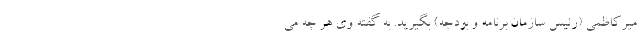
میرکاظمی (رئیس سازمان برنامه و بودجه) بگیرید. به گفته وی هر چه می